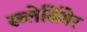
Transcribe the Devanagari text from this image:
स्च्लेसिंगेर